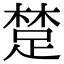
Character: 䠂